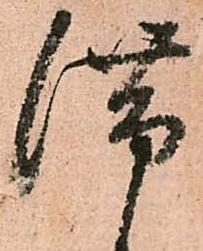
滞